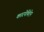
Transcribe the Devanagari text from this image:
कारपेथिऐन